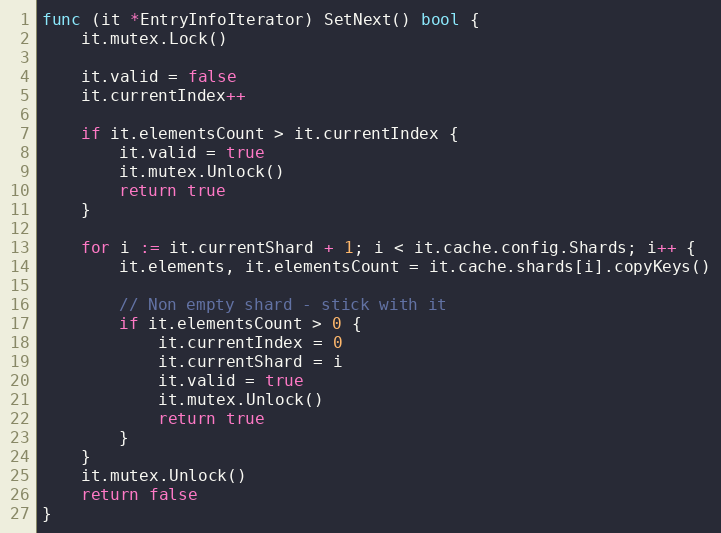
Language: Go
func (it *EntryInfoIterator) SetNext() bool {
	it.mutex.Lock()

	it.valid = false
	it.currentIndex++

	if it.elementsCount > it.currentIndex {
		it.valid = true
		it.mutex.Unlock()
		return true
	}

	for i := it.currentShard + 1; i < it.cache.config.Shards; i++ {
		it.elements, it.elementsCount = it.cache.shards[i].copyKeys()

		// Non empty shard - stick with it
		if it.elementsCount > 0 {
			it.currentIndex = 0
			it.currentShard = i
			it.valid = true
			it.mutex.Unlock()
			return true
		}
	}
	it.mutex.Unlock()
	return false
}